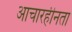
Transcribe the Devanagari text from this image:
आचारहीनता